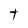
Character: t